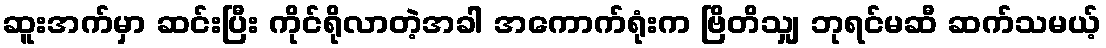
ဆူးအက်မှာ ဆင်းပြီး ကိုင်ရိုလာတဲ့အခါ အကောက်ရုံးက ဗြိတိသျှ ဘုရင်မဆီ ဆက်သမယ့်